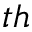
^ { t h }